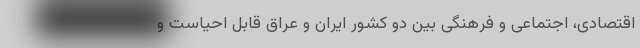
اقتصادی، اجتماعی و فرهنگی بین دو کشور ایران و عراق قابل احیاست و